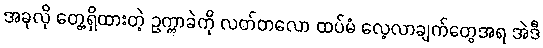
အခုလို တွေ့ရှိထားတဲ့ ဥက္ကာခဲကို လတ်တလော ထပ်မံ လေ့လာချက်တွေအရ အဲဒီ